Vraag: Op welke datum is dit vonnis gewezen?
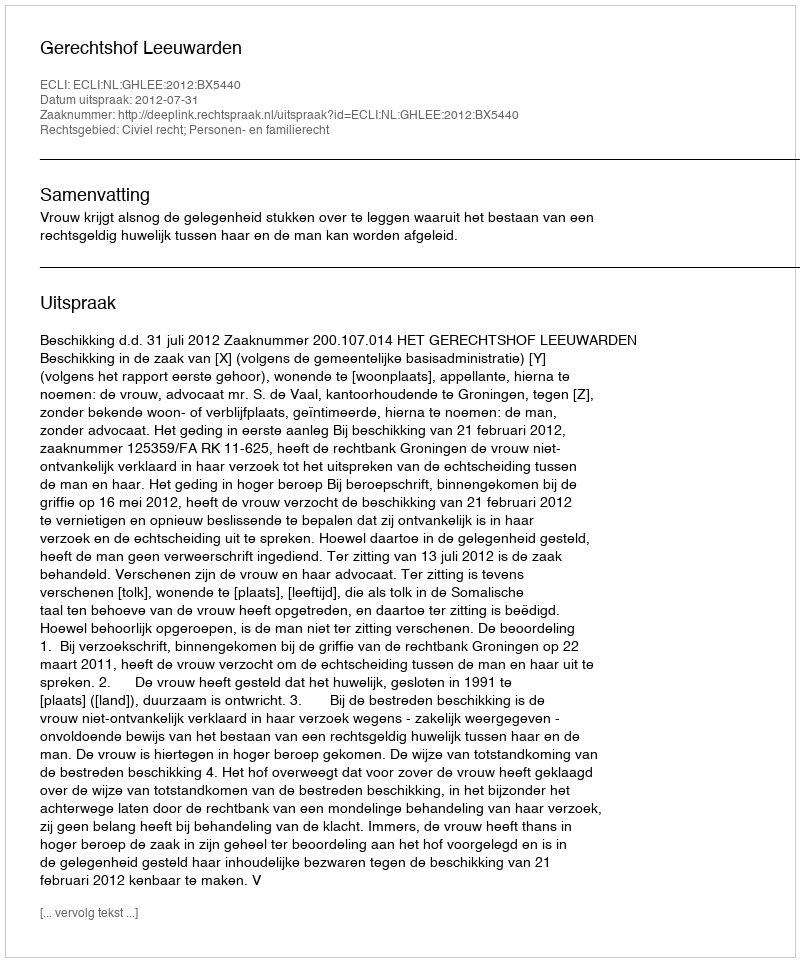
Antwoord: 2012-07-31